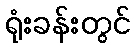
ရုံးခန်းတွင်